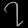
Digit: ၇